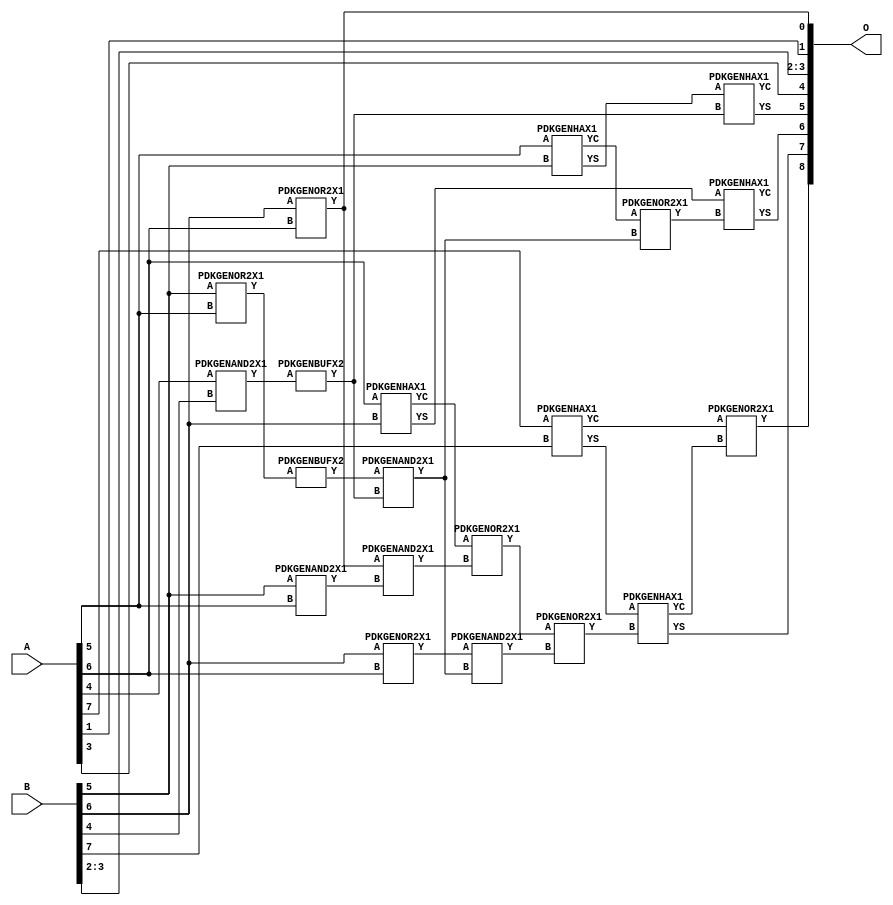
// Library = EvoApprox8b
// Circuit = add8_003
// Area   (180) = 912
// Delay  (180) = 0.760
// Power  (180) = 259.70
// Area   (45) = 61
// Delay  (45) = 0.330
// Power  (45) = 21.25
// Nodes = 20
// HD = 192640
// MAE = 9.64844
// MSE = 138.25000
// MRE = 5.21 %
// WCE = 24
// WCRE = 100 %
// EP = 96.9 %

module add8_003(A, B, O);
  input [7:0] A;
  input [7:0] B;
  output [8:0] O;
  wire [2031:0] N;

  assign N[0] = A[0];
  assign N[1] = A[0];
  assign N[2] = A[1];
  assign N[3] = A[1];
  assign N[4] = A[2];
  assign N[5] = A[2];
  assign N[6] = A[3];
  assign N[7] = A[3];
  assign N[8] = A[4];
  assign N[9] = A[4];
  assign N[10] = A[5];
  assign N[11] = A[5];
  assign N[12] = A[6];
  assign N[13] = A[6];
  assign N[14] = A[7];
  assign N[15] = A[7];
  assign N[16] = B[0];
  assign N[17] = B[0];
  assign N[18] = B[1];
  assign N[19] = B[1];
  assign N[20] = B[2];
  assign N[21] = B[2];
  assign N[22] = B[3];
  assign N[23] = B[3];
  assign N[24] = B[4];
  assign N[25] = B[4];
  assign N[26] = B[5];
  assign N[27] = B[5];
  assign N[28] = B[6];
  assign N[29] = B[6];
  assign N[30] = B[7];
  assign N[31] = B[7];

  PDKGENOR2X1 n42(.A(N[28]), .B(N[12]), .Y(N[42]));
  assign N[43] = N[42];
  PDKGENOR2X1 n44(.A(N[28]), .B(N[12]), .Y(N[44]));
  PDKGENAND2X1 n46(.A(N[26]), .B(N[10]), .Y(N[46]));
  PDKGENAND2X1 n68(.A(N[8]), .B(N[24]), .Y(N[68]));
  PDKGENHAX1 n78(.A(N[10]), .B(N[26]), .YS(N[78]), .YC(N[79]));
  PDKGENHAX1 n86(.A(N[12]), .B(N[28]), .YS(N[86]), .YC(N[87]));
  PDKGENHAX1 n96(.A(N[14]), .B(N[30]), .YS(N[96]), .YC(N[97]));
  PDKGENOR2X1 n134(.A(N[26]), .B(N[10]), .Y(N[134]));
  PDKGENBUFX2 n136(.A(N[134]), .Y(N[136]));
  assign N[137] = N[136];
  PDKGENBUFX2 n152(.A(N[68]), .Y(N[152]));
  assign N[153] = N[152];
  PDKGENAND2X1 n162(.A(N[43]), .B(N[46]), .Y(N[162]));
  PDKGENOR2X1 n180(.A(N[87]), .B(N[162]), .Y(N[180]));
  assign N[181] = N[180];
  PDKGENAND2X1 n226(.A(N[137]), .B(N[153]), .Y(N[226]));
  PDKGENOR2X1 n244(.A(N[79]), .B(N[226]), .Y(N[244]));
  assign N[245] = N[244];
  PDKGENAND2X1 n254(.A(N[44]), .B(N[226]), .Y(N[254]));
  PDKGENOR2X1 n272(.A(N[181]), .B(N[254]), .Y(N[272]));
  PDKGENHAX1 n394(.A(N[78]), .B(N[152]), .YS(N[394]), .YC(N[395]));
  PDKGENHAX1 n404(.A(N[86]), .B(N[245]), .YS(N[404]), .YC(N[405]));
  PDKGENHAX1 n412(.A(N[96]), .B(N[272]), .YS(N[412]), .YC(N[413]));
  PDKGENOR2X1 n422(.A(N[97]), .B(N[413]), .Y(N[422]));

  assign O[0] = N[43];
  assign O[1] = N[2];
  assign O[2] = N[20];
  assign O[3] = N[22];
  assign O[4] = N[6];
  assign O[5] = N[394];
  assign O[6] = N[404];
  assign O[7] = N[412];
  assign O[8] = N[422];

endmodule
/* mod */
module PDKGENHAX1( input A, input B, output YS, output YC );
    assign YS = A ^ B;
    assign YC = A & B;
endmodule
/* mod */
module PDKGENOR2X1(input A, input B, output Y );
     assign Y = A | B;
endmodule
/* mod */
module PDKGENAND2X1(input A, input B, output Y );
     assign Y = A & B;
endmodule
/* mod */
module PDKGENBUFX2(input A, output Y );
     assign Y = A;
endmodule